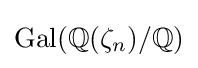
\mathrm {Gal} (\mathbb {Q} (\zeta _{n})/\mathbb {Q} )